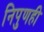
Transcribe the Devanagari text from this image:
निपुणही